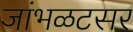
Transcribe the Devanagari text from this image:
जांभळटसर